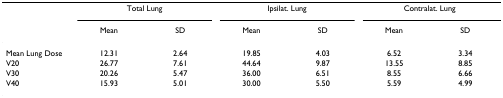
<table><thead><tr><td></td><td colspan="2"><b>Total Lung</b></td><td colspan="2"><b>Ipsilat. Lung</b></td><td colspan="2"><b>Contralat. Lung</b></td></tr><tr><td></td><td><b>Mean</b></td><td><b>SD</b></td><td><b>Mean</b></td><td><b>SD</b></td><td><b>Mean</b></td><td><b>SD</b></td></tr></thead><tbody><tr><td>Mean Lung Dose</td><td>12.31</td><td>2.64</td><td>19.85</td><td>4.03</td><td>6.52</td><td>3.34</td></tr><tr><td>V20</td><td>26.77</td><td>7.61</td><td>44.64</td><td>9.87</td><td>13.55</td><td>8.85</td></tr><tr><td>V30</td><td>20.26</td><td>5.47</td><td>36.00</td><td>6.51</td><td>8.55</td><td>6.66</td></tr><tr><td>V40</td><td>15.93</td><td>5.01</td><td>30.00</td><td>5.50</td><td>5.59</td><td>4.99</td></tr></tbody></table>